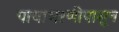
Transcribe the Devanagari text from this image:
पायाभरणीपासून